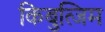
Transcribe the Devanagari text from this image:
किबुत्जिम